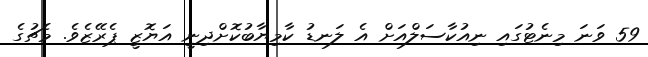
59 ވަނަ މިނެޓުގައި ނިއުކާސަލްއަށް އެ ލަނޑު ކާމިޔާބުކޮށްދިނީ އަޔޮޒީ ޕެރޭޒެވެ. މެޗުގެ